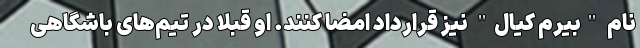
نام "بیرم کیال" نیز قرارداد امضا کنند. او قبلا در تیم‌های باشگاهی